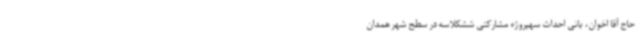
حاج آقا اخوان، بانی احداث سهپروژه مشارکتی ششکلاسه در سطح شهر همدان